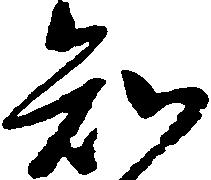
知